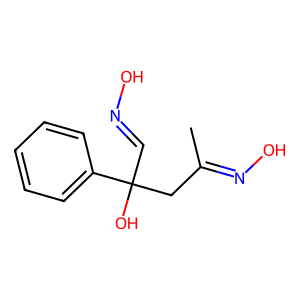
SMILES: CC(CC(O)(C=NO)c1ccccc1)=NO
Inhibits HIV replication: No